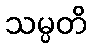
သမ္ပတိ